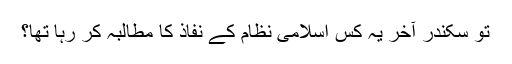
تو سکندر آخر یہ کس اسلامی نظام کے نفاذ کا مطالبہ کر رہا تھا؟